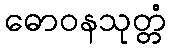
ဓောဝနသုတ္တံ